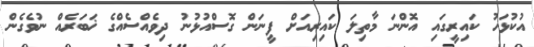
އުކުޅަހު ކައިރީގައި އޮންނަ މާތިލަ ކައިރިއަށް ފީނަން ގޮސްއުޅުނު ދިވެއްސެއްގެ ޚަބަރެއް ނުވެގެން